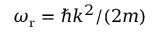
\omega _ { \mathrm { r } } = \hbar k ^ { 2 } / ( 2 m )